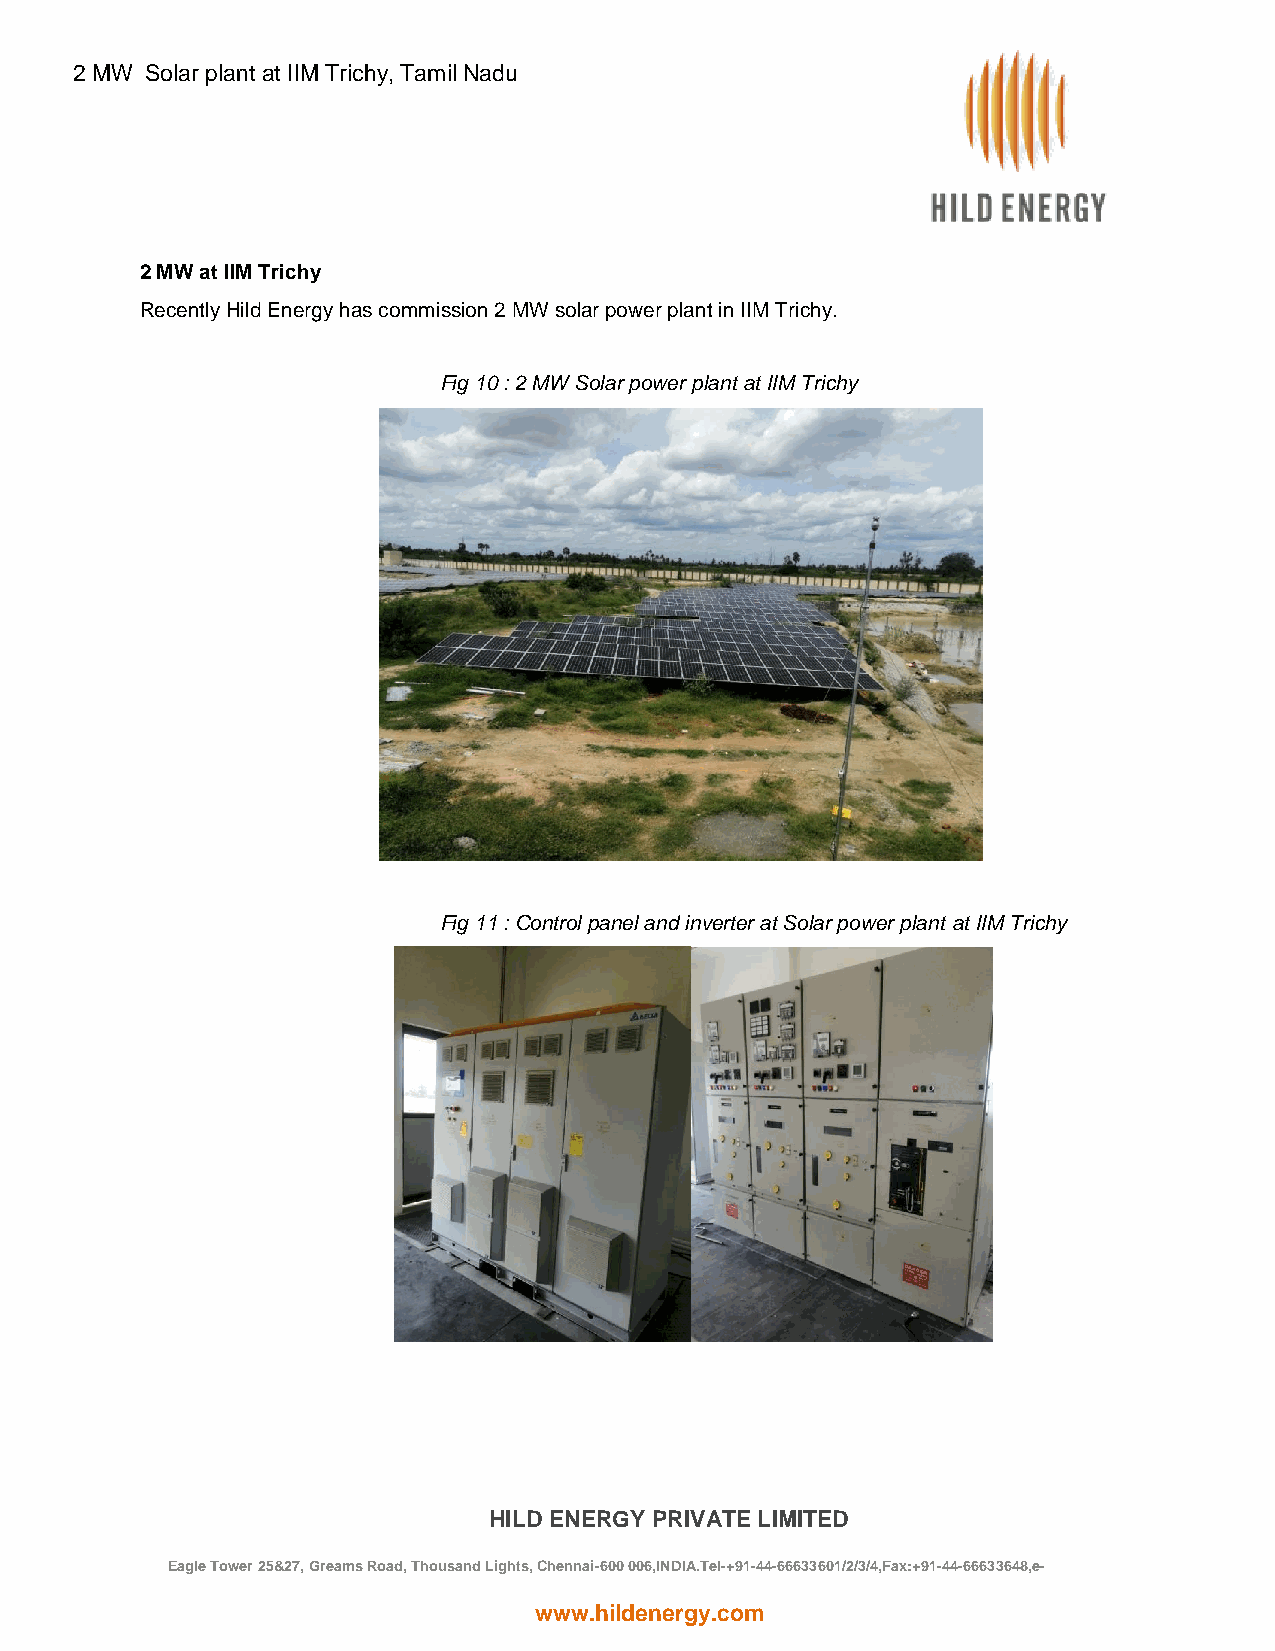
2 MW Solar plant at IIM Trichy, Tamil Nadu
 2 MW at IIM Trichy
 Recently Hild Energy has commission 2 MW solar power plant in IIM Trichy.
 Fig 10 : 2 MW Solar power plant at IIM Trichy
 Fig 11 : Control panel and inverter at Solar power plant at IIM Trichy
 HILD ENERGY PRIVATE LIMITED
 Eagle Tower 25&27, Greams Road, Thousand Lights, Chennai-600 006,INDIA.Tel-+91-44-66633601/2/3/4,Fax:+91-44-66633648,e-
 mail:hild@hildenergy.com
 www.hildenergy.com